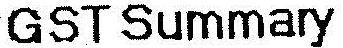
GST SUMMARY